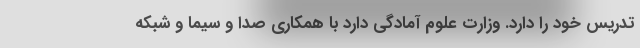
تدریس خود را دارد. وزارت علوم آمادگی دارد با همکاری صدا و سیما و شبکه